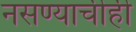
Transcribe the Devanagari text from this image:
नसण्याचीही